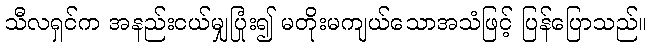
သီလရှင်က အနည်းငယ်မျှပြုံး၍ မတိုးမကျယ်သောအသံဖြင့် ပြန်ပြောသည်။